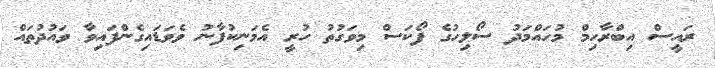
ރައީސް އިބްރާހިމް މުހައްމަދު ސޯލިހުގެ ފޯކަސް މިވަގުތު ހުރީ އެމަނިކުފާނު ވެވަޑައިގެންފައިވާ ވައުދުތައް